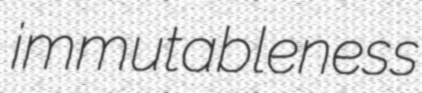
immutableness